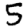
Digit: 5